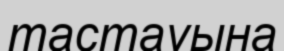
тастауына